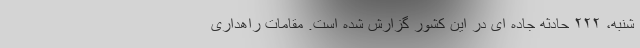
شنبه، ۲۲۲ حادثه جاده ای در این کشور گزارش شده است. مقامات راهداری